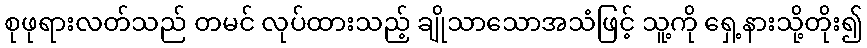
စုဖုရားလတ်သည် တမင် လုပ်ထားသည့် ချိုသာသောအသံဖြင့် သူ့ကို ရှေ့နားသို့တိုး၍